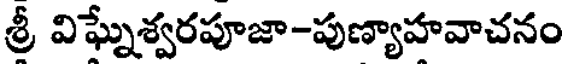
శ్రీ విఘ్నేశ్వరపూజా-పుణ్యాహవాచనం